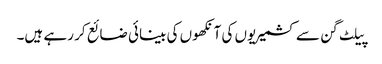
پیلٹ گن سے کشمیریوں کی آنکھوں کی بینائی ضائع کر رہے ہیں۔